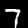
Label: 7